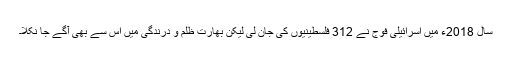
سال 2018ء میں اسرائیلی فوج نے 312 فلسطینیوں کی جان لی لیکن بھارت ظلم و درندگی میں اس سے بھی آگے جا نکلا۔